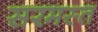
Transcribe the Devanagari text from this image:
सरमस्त